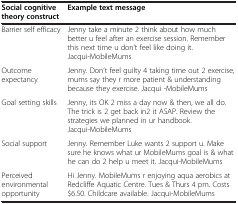
<table><thead><tr><td><b>Social cognitive theory construct</b></td><td><b>Example text message</b></td></tr></thead><tbody><tr><td>Barrier self efficacy</td><td>Jenny take a minute 2 think about how much better u feel after an exercise session. Remember this next time u don’t feel like doing it. Jacqui-MobileMums</td></tr><tr><td>Outcome expectancy</td><td>Jenny. Don’t feel guilty 4 taking time out 2 exercise, mums say they r more patient &amp; understanding because they exercise. Jacqui -MobileMums</td></tr><tr><td>Goal setting skills</td><td>Jenny, its OK 2 miss a day now &amp; then, we all do. The trick is 2 get back in2 it ASAP. Review the strategies we planned in ur handbook. Jacqui-MobileMums</td></tr><tr><td>Social support</td><td>Jenny. Remember Luke wants 2 support u. Make sure he knows what ur MobileMums goal is &amp; what he can do 2 help u meet it. Jacqui-MobileMums</td></tr><tr><td>Perceived environmental opportunity</td><td>Hi Jenny. MobileMums r enjoying aqua aerobics at Redcliffe Aquatic Centre. Tues &amp; Thurs 4 pm. Costs $6.50. Childcare available. Jacqui-MobileMums</td></tr></tbody></table>